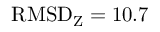
\mathrm { R M S D } _ { \mathrm { Z } } = 1 0 . 7